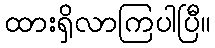
ထားရှိလာကြပါပြီ။